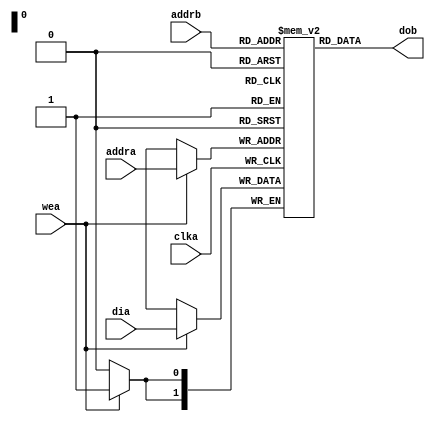
`default_nettype none
module mem_simple_dual_port_async_read (
	clka,
	wea,
	addra,
	addrb,
	dia,
	dob
);
	reg _sv2v_0;
	parameter DATA_WIDTH = 0;
	parameter DEPTH = 0;
	parameter [DATA_WIDTH - 1:0] DEFAULT_VALUE = 0;
	input wire clka;
	input wire wea;
	input wire [$clog2(DEPTH) - 1:0] addra;
	input wire [$clog2(DEPTH) - 1:0] addrb;
	input wire [DATA_WIDTH - 1:0] dia;
	output reg [DATA_WIDTH - 1:0] dob;
	reg [DATA_WIDTH - 1:0] ram [DEPTH - 1:0];
	initial begin : sv2v_autoblock_1
		reg signed [31:0] i;
		for (i = 0; i < DEPTH; i = i + 1)
			ram[i] = DEFAULT_VALUE;
	end
	always @(posedge clka)
		if (wea)
			ram[addra] <= dia;
	always @(*) begin
		if (_sv2v_0)
			;
		dob = ram[addrb];
	end
	initial _sv2v_0 = 0;
endmodule
`default_nettype wire